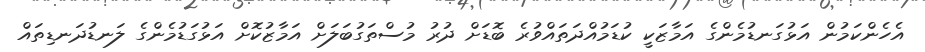
އެހެންކަމުން އަޅުގަނޑުމެންގެ އަމާޒަކީ ކުޑަމުއްދަތައްވުރެ ބޮޑަށް ދުރު މުސްތަގުބަލަށް އަމާޒުކޮށް އަޅުގަޑުމެންގެ ލަނޑުދަނޑިތައް